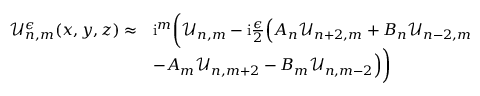
\begin{array} { r l } { \mathcal { U } _ { n , m } ^ { \epsilon } ( x , y , z ) \approx } & { \mathrm { i } ^ { m } \bigg ( \mathcal { U } _ { n , m } - \mathrm { i } \frac { \epsilon } { 2 } \Big ( A _ { n } \mathcal { U } _ { n + 2 , m } + B _ { n } \mathcal { U } _ { n - 2 , m } } \\ & { - A _ { m } \mathcal { U } _ { n , m + 2 } - B _ { m } \mathcal { U } _ { n , m - 2 } \Big ) \bigg ) } \end{array}